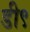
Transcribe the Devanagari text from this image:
डी९